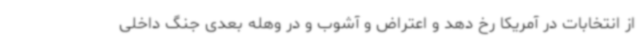
از انتخابات در آمریکا رخ دهد و اعتراض و آشوب و در وهله بعدی جنگ داخلی